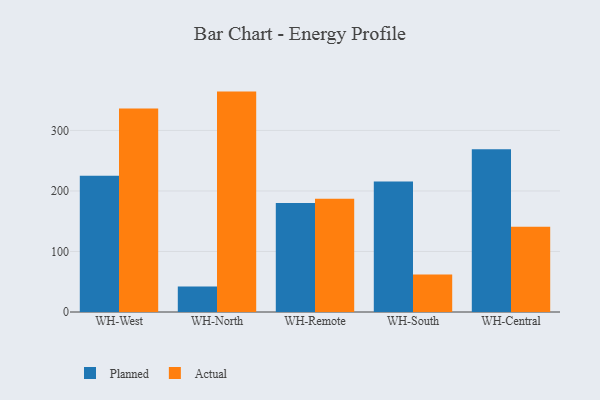
{"axis": {"x": "Warehouse", "y": "LTV (USD)"}, "legend": ["Actual", "Planned"], "data": [{"x": "WH-West", "y": 225.3, "type": "Planned"}, {"x": "WH-West", "y": 336.1, "type": "Actual"}, {"x": "WH-North", "y": 42.0, "type": "Planned"}, {"x": "WH-North", "y": 364.2, "type": "Actual"}, {"x": "WH-Remote", "y": 180.1, "type": "Planned"}, {"x": "WH-Remote", "y": 187.2, "type": "Actual"}, {"x": "WH-South", "y": 215.8, "type": "Planned"}, {"x": "WH-South", "y": 61.8, "type": "Actual"}, {"x": "WH-Central", "y": 268.8, "type": "Planned"}, {"x": "WH-Central", "y": 140.7, "type": "Actual"}]}